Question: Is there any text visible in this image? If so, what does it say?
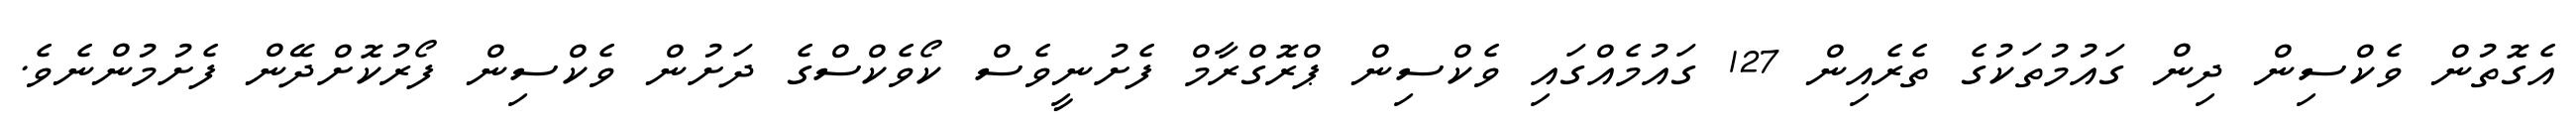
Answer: އެގޮތުން ވެކްސިން ދިން ގައުމުތަކުގެ ތެރެއިން 127 ގައުމެއްގައި ވެކްސިން ޕްރޮގްރާމް ފެށުނީވެސް ކޯވެކްސްގެ ދަށުން ވެކްސިން ފޯރުކޮށްދޭން ފެށުމުންނެވެ.